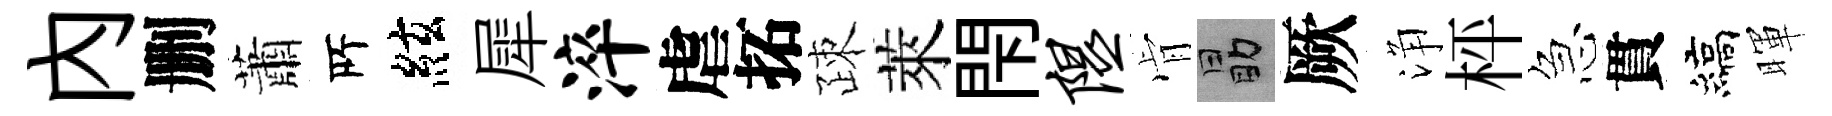
内删蕭𠩄絃犀淬虐拓疎萊閇隰肻勗厥浄枰急貫縞暉